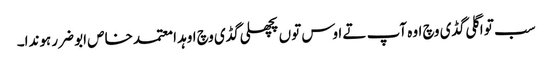
سب تو اگلی گڈی وچ اوہ آپ تے اوس توں پچھلی گڈی وچ اوہد ا معتمد خاص ابو ضرر ہوندا۔